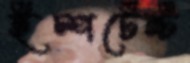
ইম্পর্টেন্ট